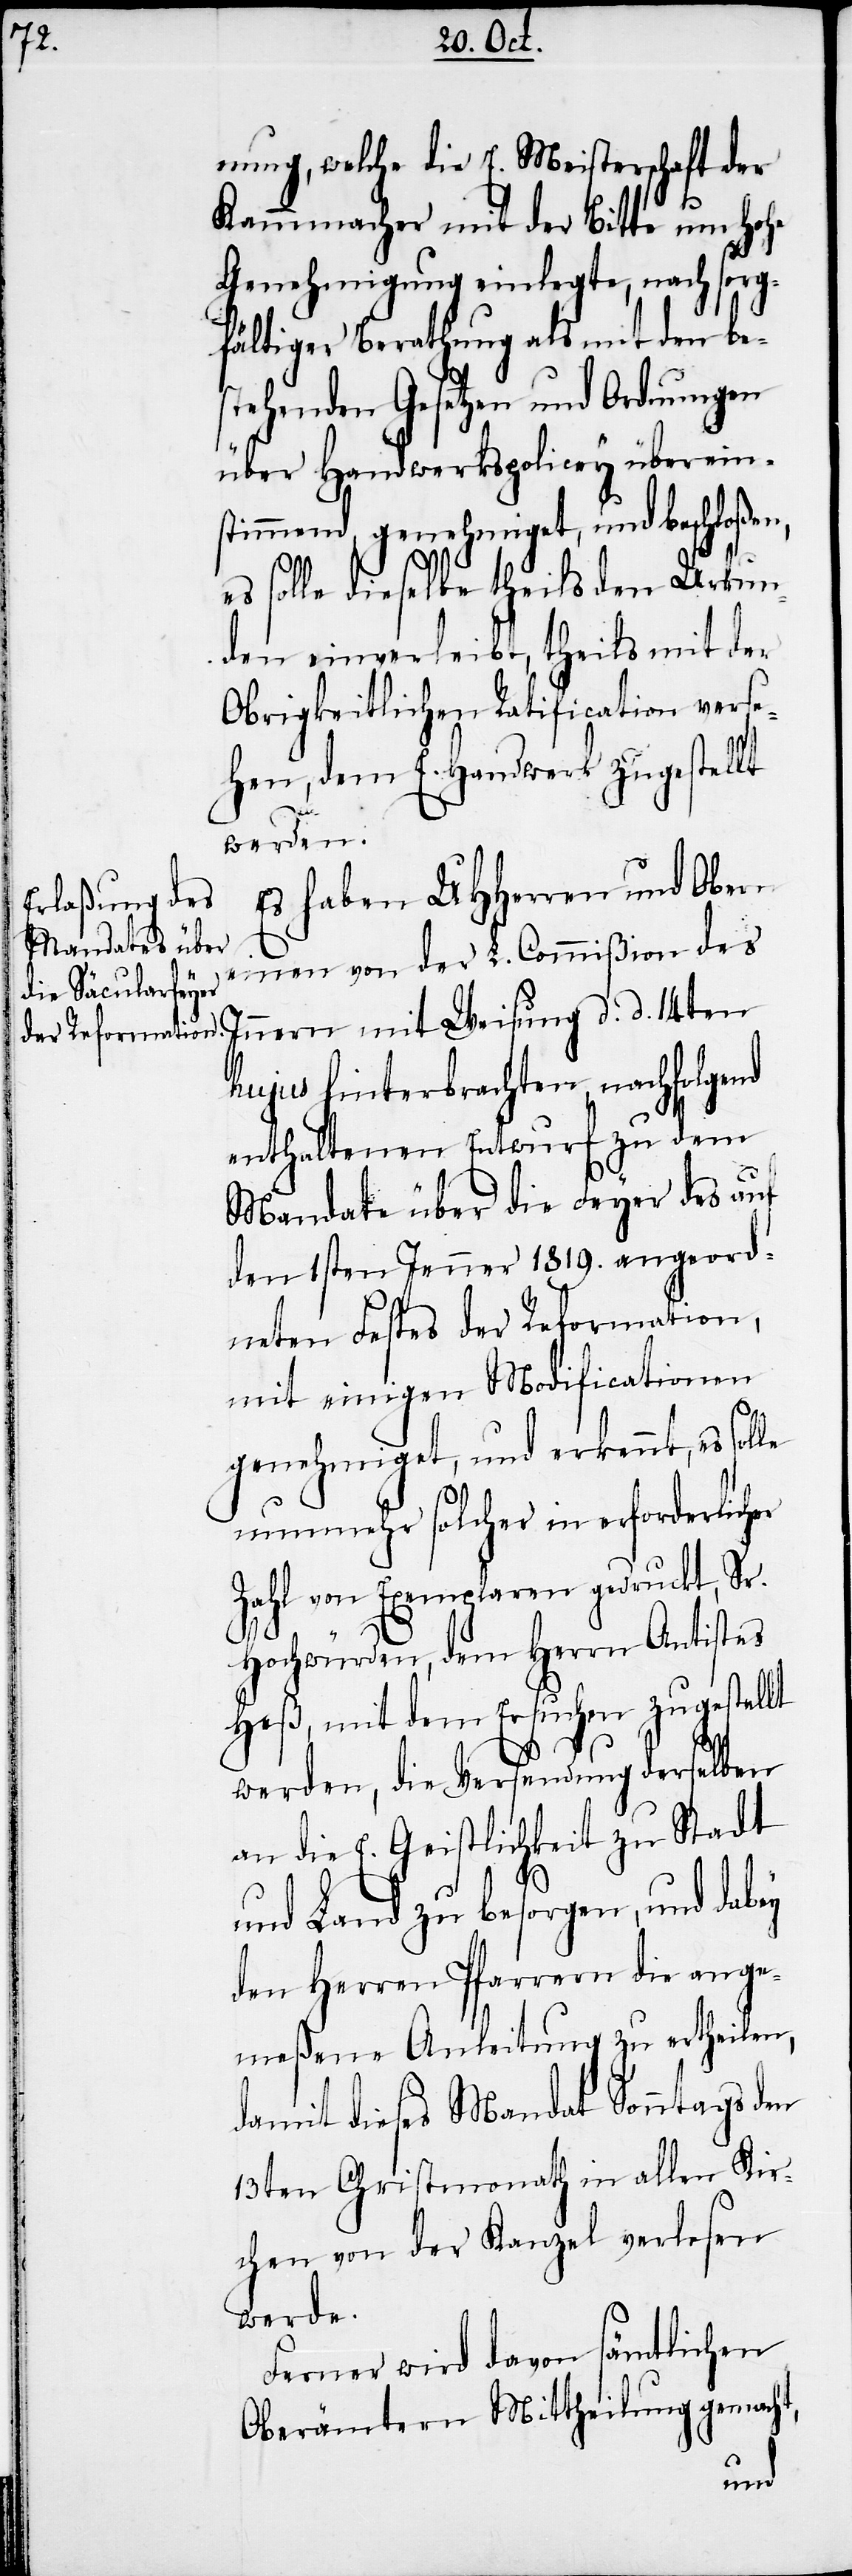
Kammmacher mit der Bitte um Hohe
Genehmigung einlegte, nach sorg¬
fältiger Berathung als mit den be¬
stehenden Gesetzen und Ordnungen
über Handwerkspolicey überein¬
stimmend, genehmiget, und beschloßen,
es solle dieselbe theils den Urkun¬
den einverleibt, theils mit der
Obrigkeitlichen Ratification verse¬
hen, dem E. Handwerk zugestellt
geord¬
werden.
Es haben UHHerren und Obern
einen von der L. Commißion des
Innern mit Weisung d. d. 14ten
hujus hinterbrachten, nachfolgend
enthaltenen Entwurf zu dem
Mandate über die Feyer des auf
neten Festes der Reformation,
mit einigen Modificationen
s¬
olle
genehmiget, und erkennt, es
nunmehr solcher in erforderlicher
Zahl von Exemplaren gedruckt, Sr.
Hochwürden, dem Herrn Antistes
Heß, mit dem Ersuchen zugestellt
E.
werden, die Versendung derselben
an die E. Geistlichkeit zu Stadt
und Land zu besorgen, und dabey
den Herren Pfarrern die ange¬
meßene Anleitung zu ertheilen,
damit dieses Mandat Sonntags den
13ten Christmonath in allen Kir¬
chen von der Kanzel verlesen
werde.
Ferner wird davon sämtlichen
Oberämtern Mittheilung gemacht,